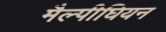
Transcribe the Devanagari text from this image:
मैल्पीघियन